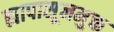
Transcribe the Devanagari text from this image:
ह्यापासूनमुक्त